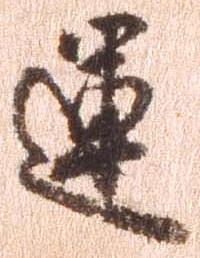
運